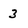
Character: 3